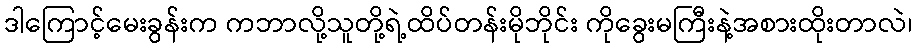
ဒါကြောင့်မေးခွန်းက ကဘာလို့သူတို့ရဲ့ထိပ်တန်းမိုဘိုင်း ကိုခွေးမကြီးနဲ့အစားထိုးတာလဲ၊